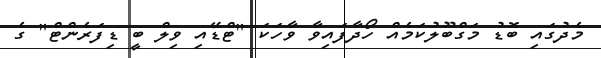
މެދުގައި ބޮޑު މަގްބޫލުކަމެއް ހޯދާފައިވާ ވާހަކަ "ޓްޑޭއި ވިލް ބީ ޑިފަރެންޓް" ގެ